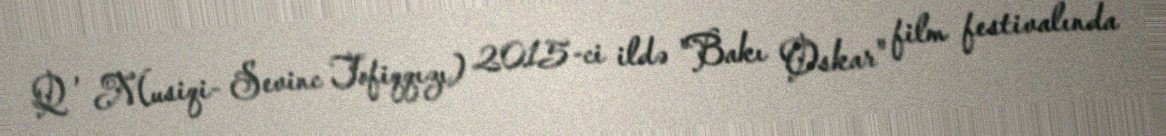
Q , Musiqi- Sevinc Tofiqqızı) 2015-ci ildə "Bakı Oskar" film festivalında